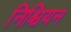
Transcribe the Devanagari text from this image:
निश्चियन